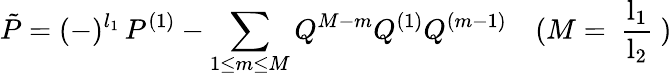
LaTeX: \tilde{P}=(-)^{l_{1}}\, P^{(1)}-\sum_{1\leq m\leq M}Q^{M-m}Q^{(1)}Q^{(m-1)}\quad(M=\mathrm{~\frac{l_{1}}{l_{2}}~})